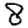
Digit: 8